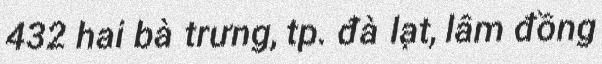
432 hai bà trưng, tp. đà lạt, lâm đồng